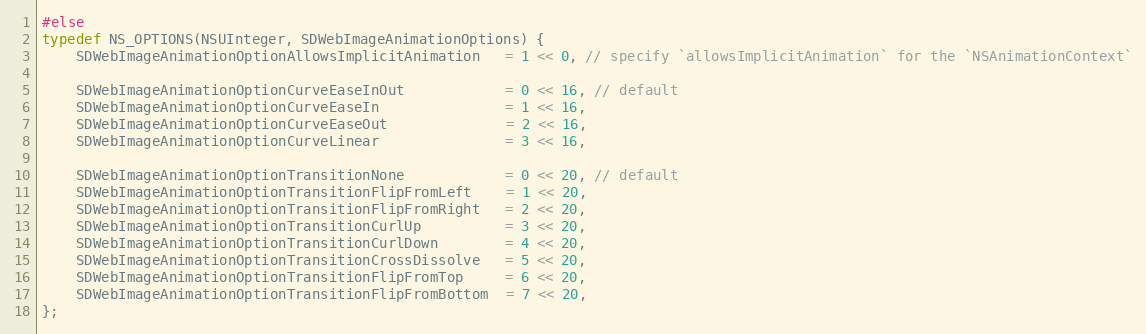
Language: C
#else
typedef NS_OPTIONS(NSUInteger, SDWebImageAnimationOptions) {
    SDWebImageAnimationOptionAllowsImplicitAnimation   = 1 << 0, // specify `allowsImplicitAnimation` for the `NSAnimationContext`

    SDWebImageAnimationOptionCurveEaseInOut            = 0 << 16, // default
    SDWebImageAnimationOptionCurveEaseIn               = 1 << 16,
    SDWebImageAnimationOptionCurveEaseOut              = 2 << 16,
    SDWebImageAnimationOptionCurveLinear               = 3 << 16,

    SDWebImageAnimationOptionTransitionNone            = 0 << 20, // default
    SDWebImageAnimationOptionTransitionFlipFromLeft    = 1 << 20,
    SDWebImageAnimationOptionTransitionFlipFromRight   = 2 << 20,
    SDWebImageAnimationOptionTransitionCurlUp          = 3 << 20,
    SDWebImageAnimationOptionTransitionCurlDown        = 4 << 20,
    SDWebImageAnimationOptionTransitionCrossDissolve   = 5 << 20,
    SDWebImageAnimationOptionTransitionFlipFromTop     = 6 << 20,
    SDWebImageAnimationOptionTransitionFlipFromBottom  = 7 << 20,
};